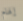
إلهام